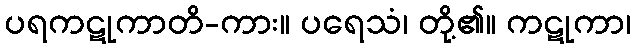
ပရကဋုကာတိ-ကား။ ပရေသံ၊ တို့၏။ ကဋုကာ၊